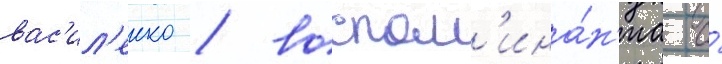
вас'ил'енко / воспом'ина́н'иа о́